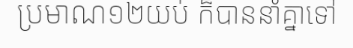
ប្រមាណ១២យប់ ក៏បាននាំគ្នាទៅ